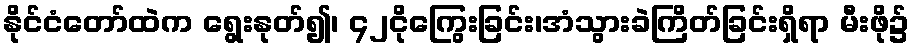
နိုင်ငံတော်ထဲက ရွေးနုတ်၍၊ ၄၂ငိုကြွေးခြင်း၊အံသွားခဲကြိတ်ခြင်းရှိရာ မီးဖို၌